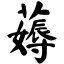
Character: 薅